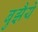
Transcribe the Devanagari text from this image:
बुझैये